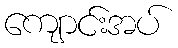
ကျောင်းအပ်